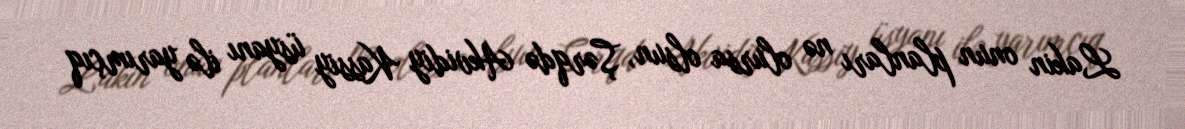
Lakin onun planları nə olursa olsun, Şərqdə Akvidiy Kassiy üsyanı ilə yarımçıq